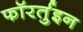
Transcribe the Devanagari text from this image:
फॉरर्तुइन